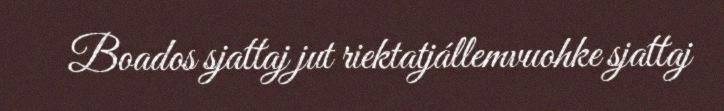
Boados sjattaj jut riektatjállemvuohke sjattaj